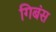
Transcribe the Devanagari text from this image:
गिबंस